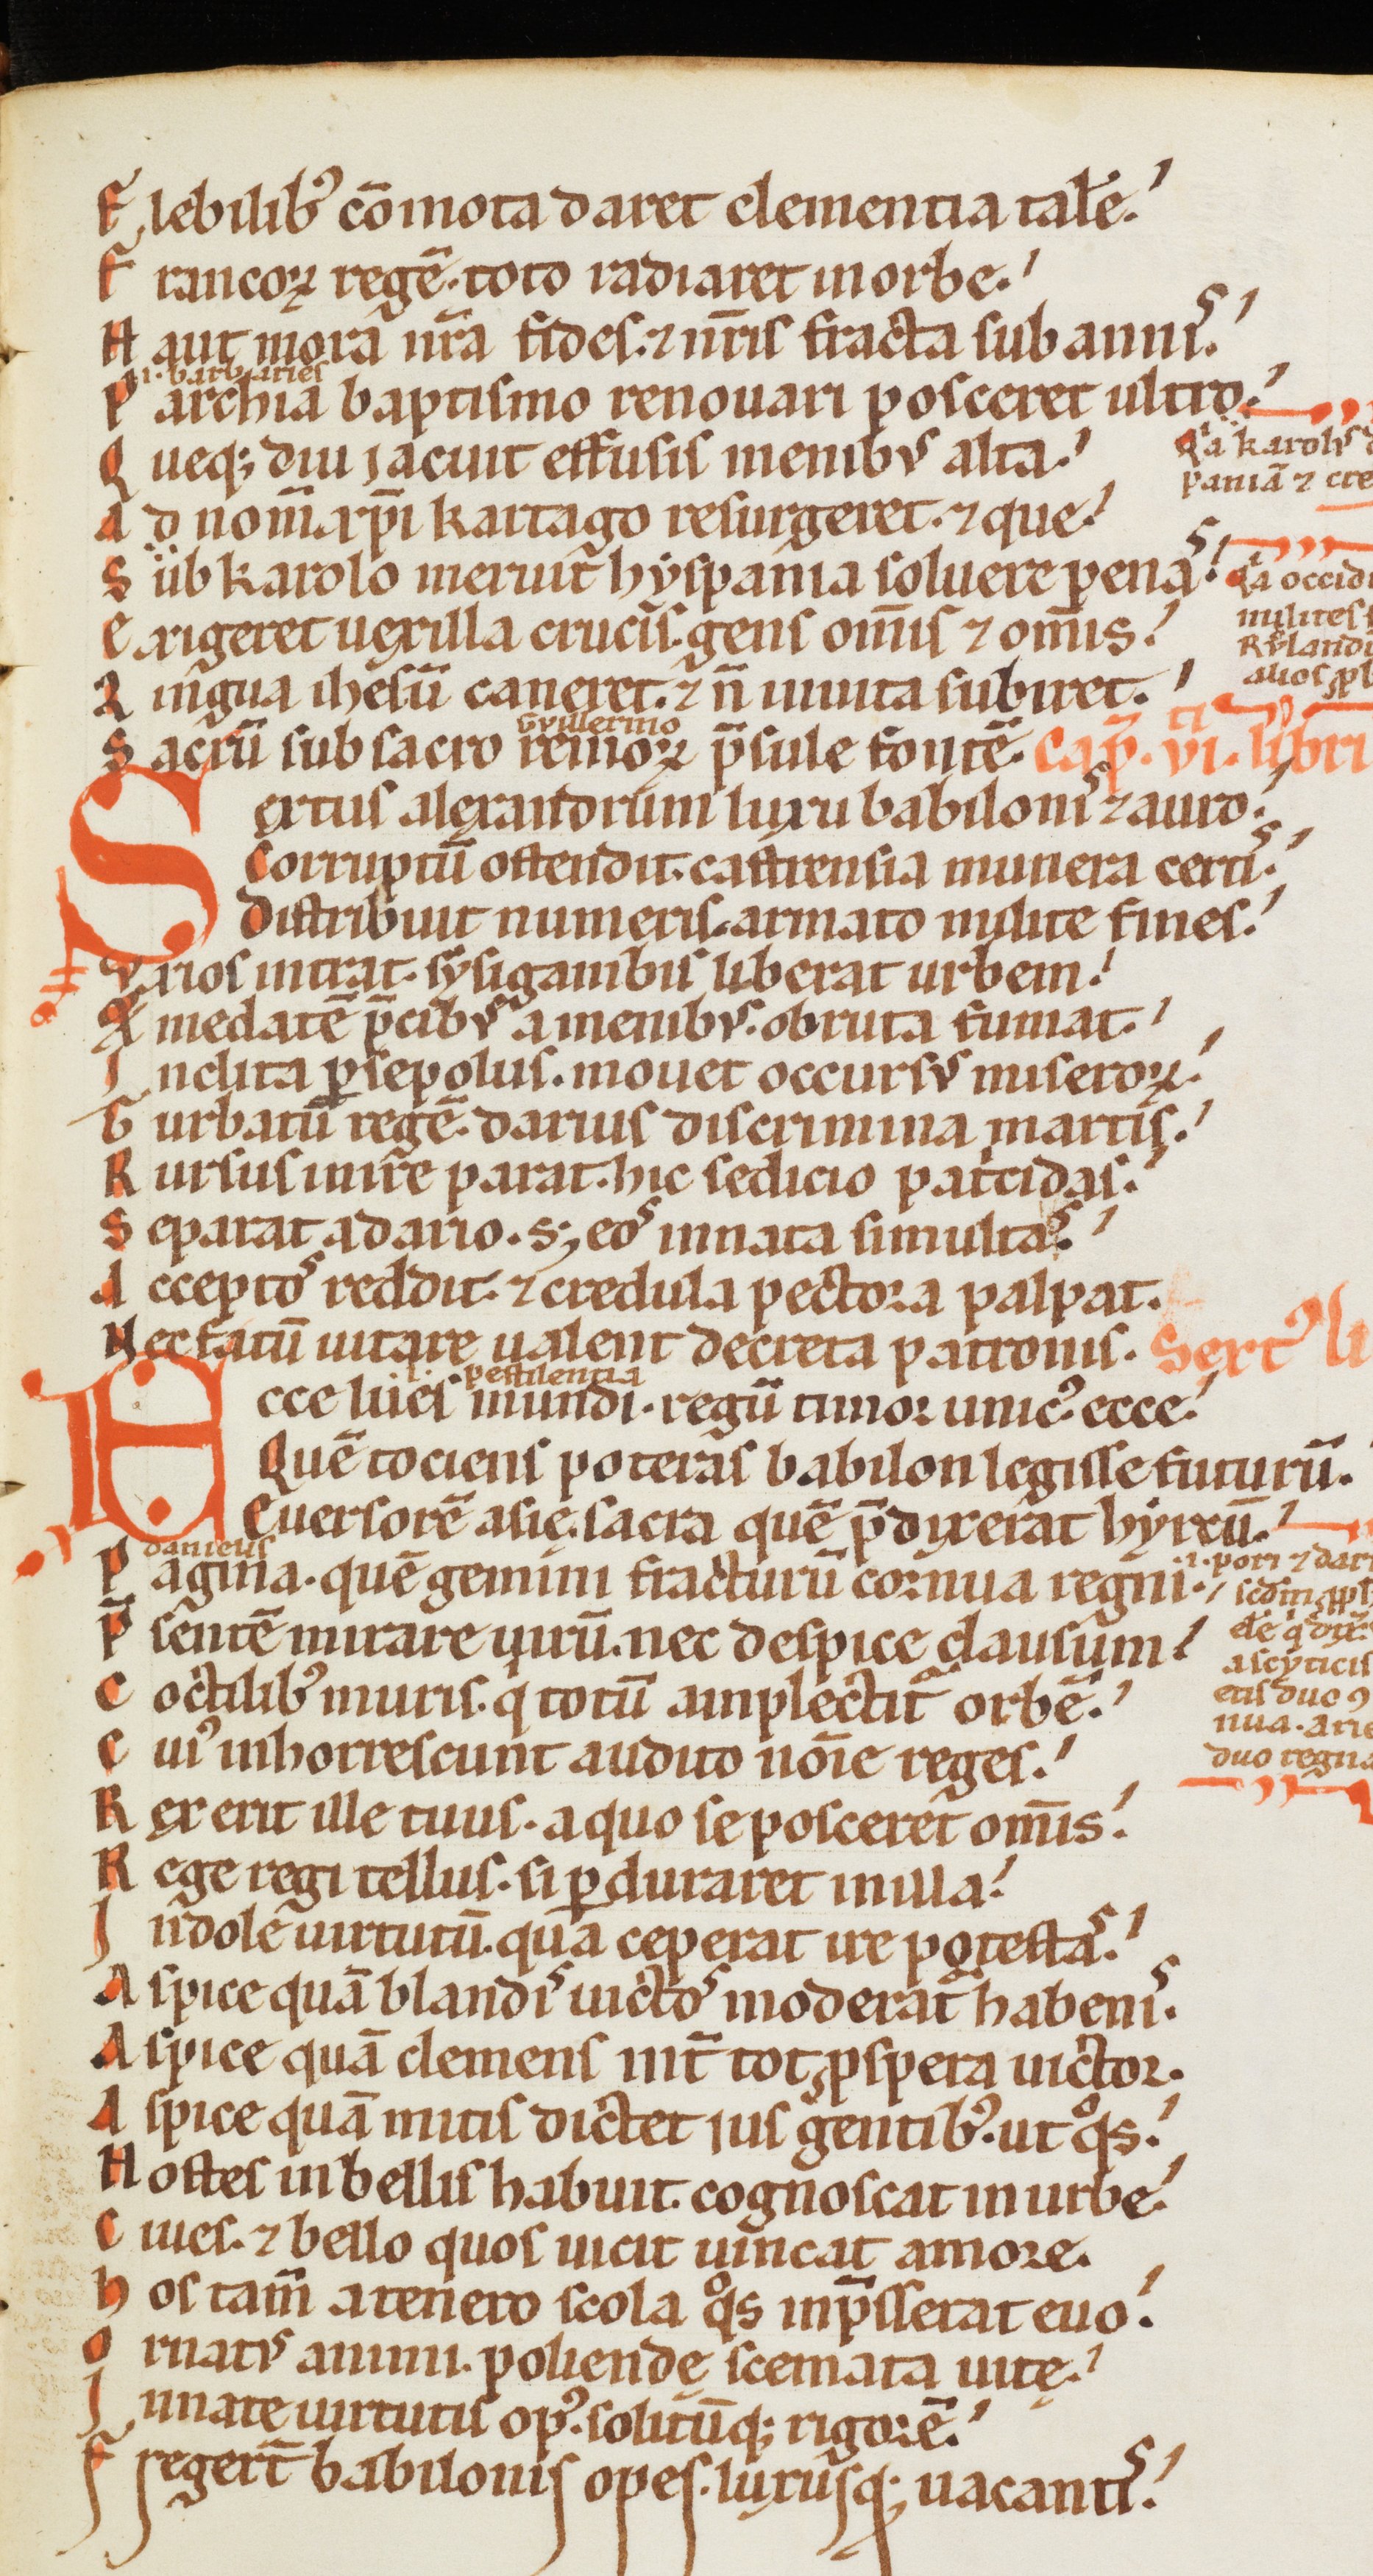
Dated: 1170–1180